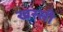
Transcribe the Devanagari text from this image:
खस्सी